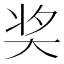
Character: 奖